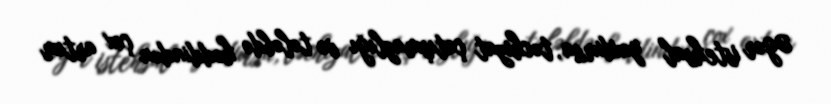
Əgər istehsal yoxdursa, təchizat çatışmazlığı və tələbdə həddindən çox artım